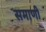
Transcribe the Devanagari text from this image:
समाणी